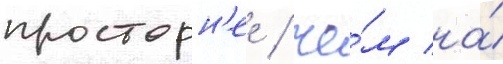
просторн'ее / че́м на́